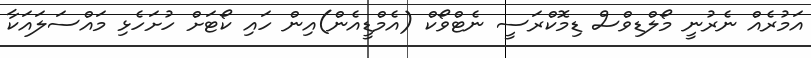
އަމުރެއް ނެރުނީ މޯލްޑިވްސް ޑިމޮކްރަސީ ނެޓްވޯކް (އެމްޑީއެން)އިން ހައި ކޯޓަށް ހުށަހެޅި މައްސަލައަކާ